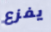
يفزع